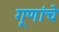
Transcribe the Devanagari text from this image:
गूणांचे